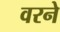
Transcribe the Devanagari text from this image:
वरने